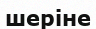
шеріне